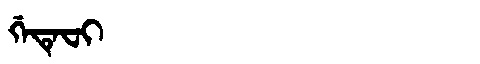
Manchu: ᡤᡝᡨᡝᠸᡳ
Romanization: GETEFI